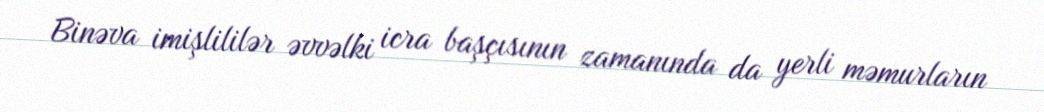
Binəva imişlililər əvvəlki icra başçısının zamanında da yerli məmurların